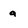
Character: g